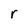
Character: r